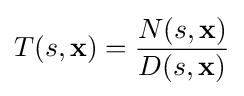
T(s,\mathbf {x} )={\frac {N(s,\mathbf {x} )}{D(s,\mathbf {x} )}}